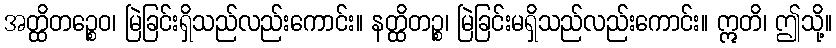
အတ္ထိတဉ္စေဝ၊ မြဲခြင်းရှိသည်လည်းကောင်း။ နတ္ထိတဉ္စ၊ မြဲခြင်းမရှိသည်လည်းကောင်း။ ဣတိ၊ ဤသို့။